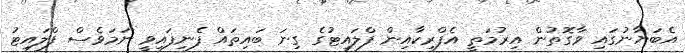
އެބަޔާނުގައި ވާގޮތުން އިރުމަތީ އެފްރިކާއިން ފްލައިޓުގެ ގިނަ ބައިތައް ފެނިފައިވީ ނަމަވެސް ފްލައިޓު